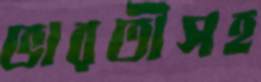
ভারতীসহ